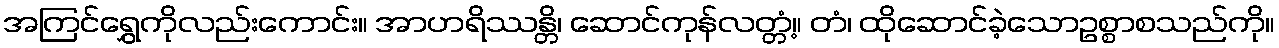
အကြင်ရွှေကိုလည်းကောင်း။ အာဟရိဿန္တိ၊ ဆောင်ကုန်လတ္တံ့။ တံ၊ ထိုဆောင်ခဲ့သောဥစ္စာစသည်ကို။